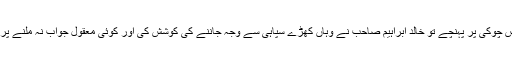
کچھ دیر بعد راستہ کھل گیا اور جب ہم پولیس چوکی پر پہنچے تو خالد ابراہیم صاحب نے وہاں کھڑے سپاہی سے وجہ جاننے کی کوشش کی اور کوئی معقول جواب نہ ملنے پر گاڑی سے اتر کر اندر چوکی پر چلے گے۔